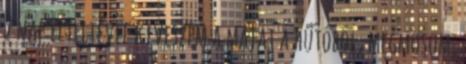
2 nap elteltével kiveszem a májat a hűtőből, megmosom,